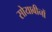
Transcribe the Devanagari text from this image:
सोयाबीनों